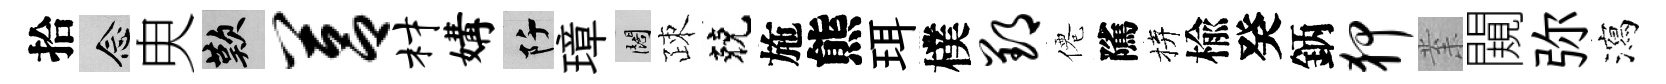
拾念㬰嘆莒材媾阡璋闊疎兢施熊珥樸郢僊隲拚楡癸鈵狎𭪙闚弥瀉